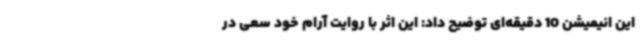
این انیمیشن 10 دقیقه‌ای توضیح داد: این اثر با روایت آرام خود سعی در